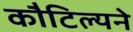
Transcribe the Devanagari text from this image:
कौटिल्‍यने